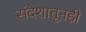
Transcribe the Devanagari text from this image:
संदेशातूनही